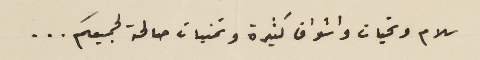
سلام وتحيات واشواق كثيرة وتمنيات صالحة لجميعكم ...